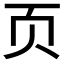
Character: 页